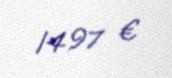
1497 €